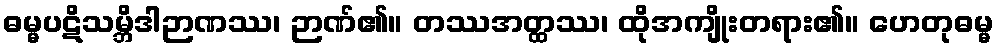
ဓမ္မပဋိသမ္ဘိဒါဉာဏဿ၊ ဉာဏ်၏။ တဿအတ္ထဿ၊ ထိုအကျိုးတရား၏။ ဟေတုဓမ္မ